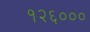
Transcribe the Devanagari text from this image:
१२६०००